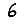
Digit: 6